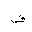
Letter: _fa